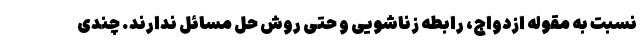
نسبت به مقوله‌ ازدواج، رابطه‌ زناشویی و حتی روش حل مسائل ندارند. چندی